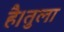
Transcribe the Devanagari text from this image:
है।तुला